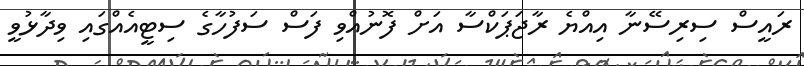
ރައީސް ސިރިސޭނާ އިއްޔެ ރާޖަޕަކްސާ އަށް ފޮނުއްވި ފަސް ސަފުހާގެ ސިޓީއެއްގައި ވިދާޅުވީ